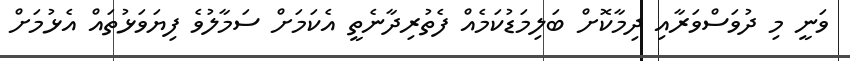
ވަނީ މި ދުވަސްވަރާއި ދިމާކޮށް ބަލިމަޑުކަމެއް ފެތުރިދާނެތީ އެކަމަށް ސަމާލުވެ ފިޔަވަޅުތައް އެޅުމަށް